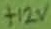
Text: +12V